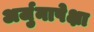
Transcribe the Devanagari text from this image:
अर्जुनापेक्षा